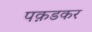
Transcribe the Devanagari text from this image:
पक़डकर